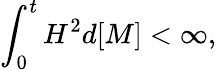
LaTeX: \int_{0}^{t}H^{2}d[M]<\infty,